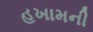
હખામની